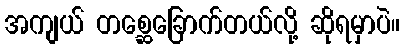
အကျယ် တစ္ဆေခြောက်တယ်လို့ ဆိုရမှာပဲ။